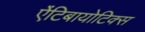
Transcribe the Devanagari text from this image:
ऐंटिबायोटिक्स